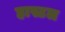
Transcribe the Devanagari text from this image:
हास्टल